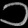
Digit: ၁